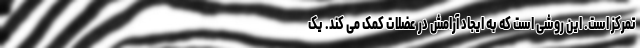
تمرکز است. این روشی است که به ایجاد آرامش در عضلات کمک می کند. یک